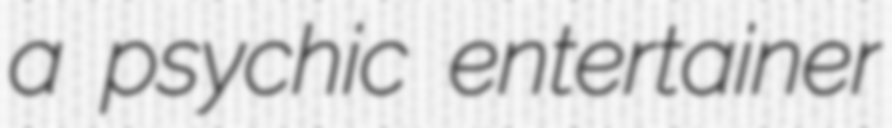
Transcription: a psychic entertainer